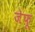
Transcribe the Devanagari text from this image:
जेफू